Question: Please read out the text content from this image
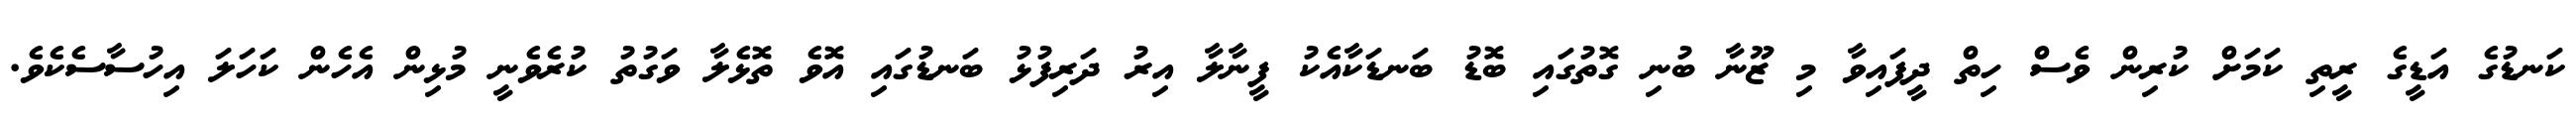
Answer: ކަނޑުގެ އަޑީގެ ރީތި ކަމަށް ކުރިން ވެސް ހިތް ދީފައިވާ މި ޒޫނާ ބުނި ގޮތުގައި ބޮޑު ބަނޑަކާއެކު ފީނާލާ އިރު ދަރިފުޅު ބަނޑުގައި އޮވެ ތޮޅެލާ ވަގުތު ކުރެވެނީ މުޅިން އެހެން ކަހަލަ އިހުސާސެކެވެ.